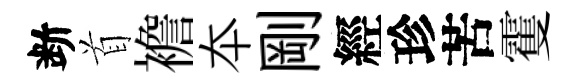
断首襜夲剛經珍苦䨥